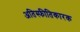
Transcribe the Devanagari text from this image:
अतिस्फीतिकारक